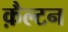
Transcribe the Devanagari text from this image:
क़ैल्टन